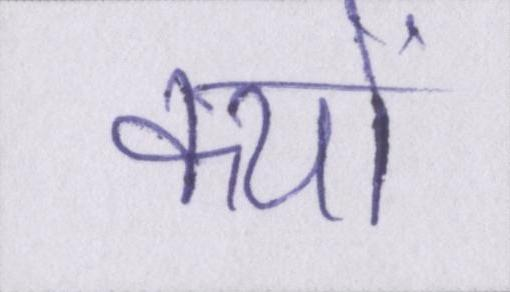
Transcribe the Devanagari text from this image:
क्यों